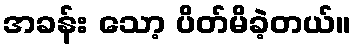
အခန်း သော့ ပိတ်မိခဲ့တယ်။